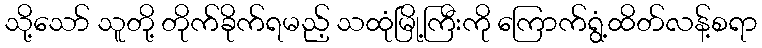
သို့သော် သူတို့ တိုက်ခိုက်ရမည့် သထုံမြို့ကြီးကို ကြောက်ရွံ့ထိတ်လန့်စရာ